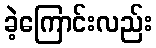
ခဲ့ကြောင်းလည်း